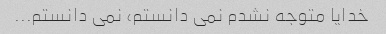
خدایا متوجه نشدم نمی دانستم، نمی دانستم...